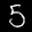
Label: 5